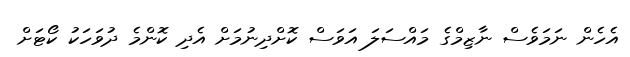
އެހެން ނަމަވެސް ނާޒިމްގެ މައްސަލަ އަވަސް ކޮށްދިނުމަށް އެދި ކޮންމެ ދުވަހަކު ކޯޓަށް